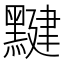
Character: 𪑼